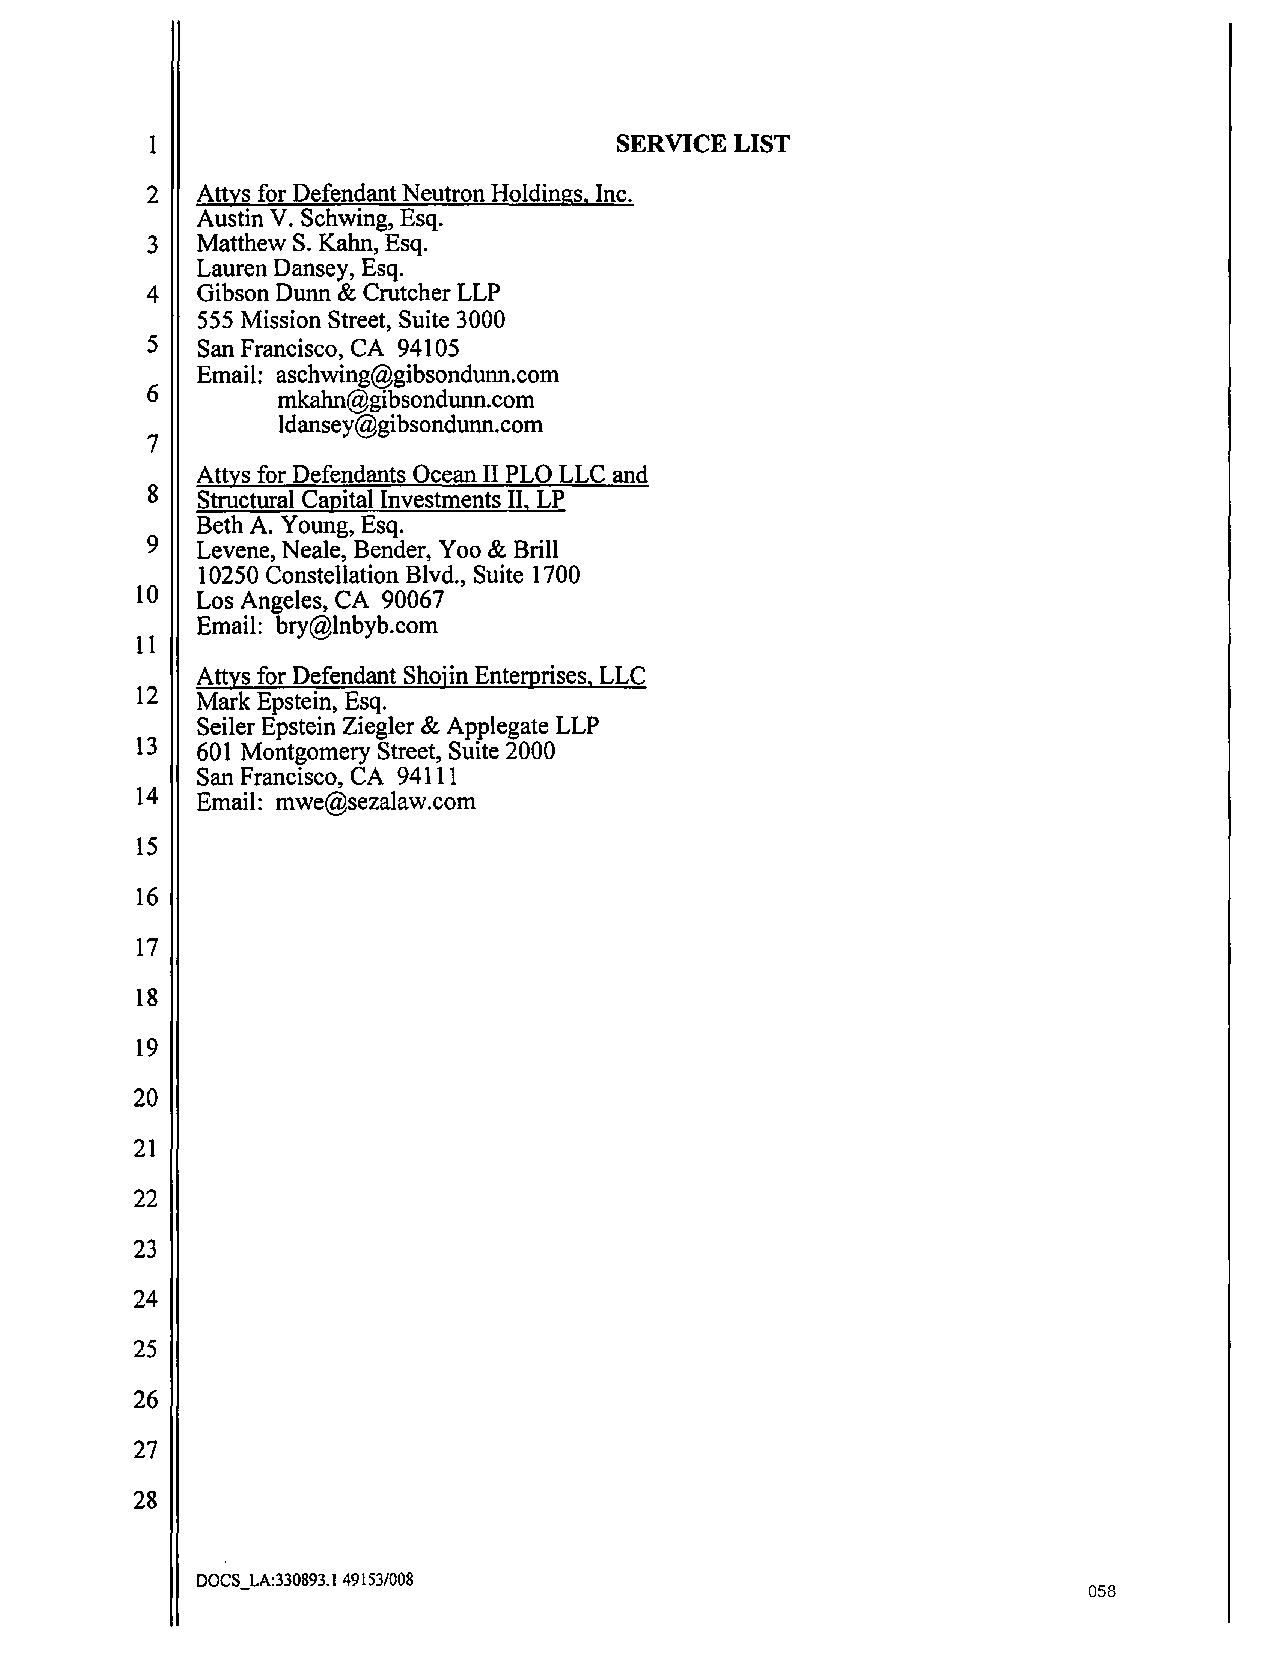
1                              SERVICE LIST
 2  Attys for Defendant Neutron Holdings, Inc.
 Austin V. Schwing, Esq.
 3  Matthew S. Kahn, Esq.
 Lauren Dansey, Esq.
 4  Gibson Dunn & Crutcher LLP
 555 Mission Street, Suite 3000
 5  San Francisco, CA 94105
 Email: aschwing@gibsondunn.com
 6       mkahn@gibsondunn.com
 ldansey@gibsondunn.com
 7
 Attys for Defendants Ocean II PLO LLC and
 8  Structural Capital Investments II, LP
 Beth A. Young, Esq.
 9  Levene, Neale, Bender, Yoo & Brill
 10250 Constellation Blvd., Suite 1700
 10  Los Angeles, CA 90067
 Email: bry@lnbyb.com
 11
 At tys for Defendant Shoj in Enterprises, LLC
 12  Mark Epstein, Esq.
 Seiler Epstein Ziegler & Applegate LLP
 13  601 Montgomery Street, Suite 2000
 San Francisco, CA 94111
 14  Email: mwe@sezalaw.com
 15
 16
 17
 18
 19
 20
 21
 22
 23
 24
 25
 26
 27
 28
 DOCS_LA:330893.1 49153/008
 058